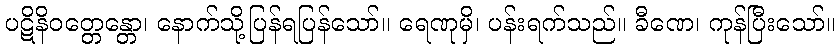
ပဋိနိဝတ္တေန္တော၊ နောက်သို့ပြန်ရပြန်သော်။ ရေဏုမှိ၊ ပန်းရက်သည်။ ခီဏေ၊ ကုန်ပြီးသော်။